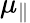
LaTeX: \mu_{\parallel}